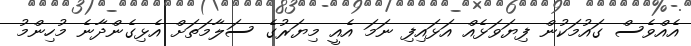
އެއްވެސް ގައުމަކުން ފިޔަވަޅެއް އަޅައިފި ނަމަ އެއީ މިޔަރުގެ ސަލާމަތަށް އެޅިގެންދާނެ މުހިންމު